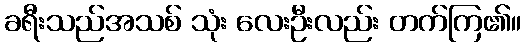
ခရီးသည်အသစ် သုံး လေးဦးလည်း တက်ကြ၏။